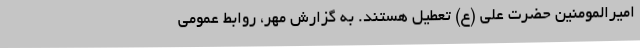
امیرالمومنین حضرت علی (ع) تعطیل هستند. به گزارش مهر، روابط عمومی